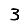
Digit: 3